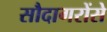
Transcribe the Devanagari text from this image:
सौदागरोंसे